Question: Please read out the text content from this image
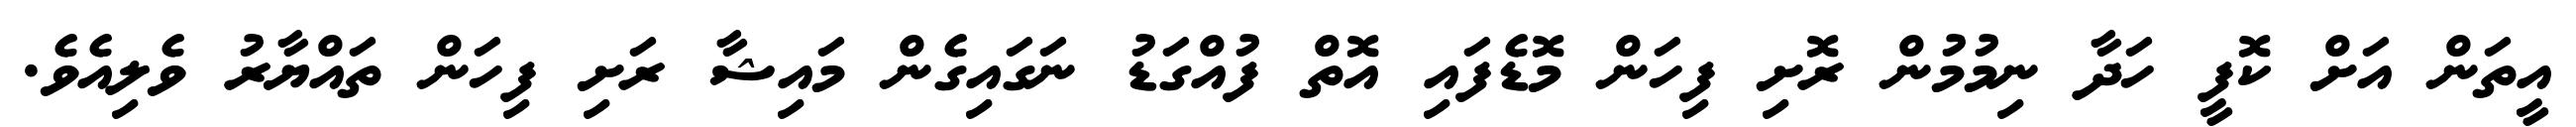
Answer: އީތަން އަށް ކޮފީ ހަދާ ނިމުމުން ރޮށި ފިހަން މޮޑެފައި އޮތް ފުއްގަޑު ނަގައިގެން މައިޝާ ރަށި ފިހަން ތައްޔާރު ވެލިއެވެ.